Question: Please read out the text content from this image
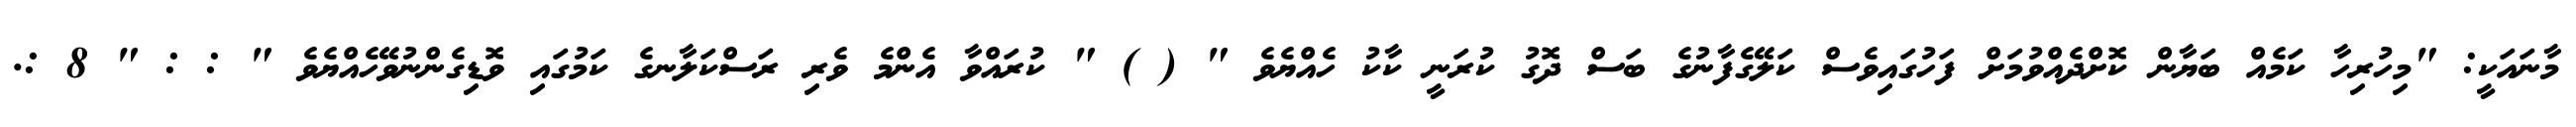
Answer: މާނައަކީ: "މިހުރިހާ ކަމެއް ބަޔާން ކޮށްދެއްވުމަށް ފަހުގައިވެސް ކަލޭގެފާނުގެ ބަސް ދޮގު ކުރަނީ ކާކު ހެއްޔެވެ " ( ) " ކުރައްވާ އެންމެ ވެރި ރަސްކަލާނގެ ކަމުގައި ވޮޑިގެންނުވޭހެއްޔެވެ " : : " 8 :.